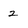
Character: 2